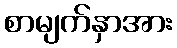
စာမျက်နှာအား